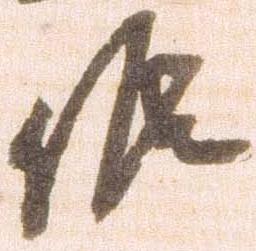
候